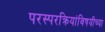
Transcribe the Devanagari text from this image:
परस्परक्रियांविषयीच्या